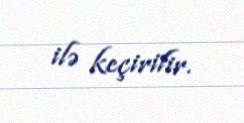
ilə keçirilir.